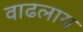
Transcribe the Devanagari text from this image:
वाढलाय